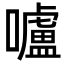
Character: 嚧